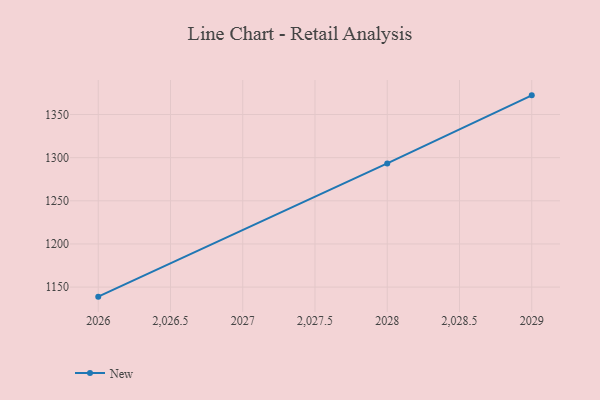
{"axis": {"x": "Year", "y": "LTV (USD)"}, "legend": ["New"], "data": [{"x": "2029", "y": 1372.2, "type": "New"}, {"x": "2028", "y": 1293.3, "type": "New"}, {"x": "2026", "y": 1138.9, "type": "New"}]}